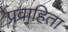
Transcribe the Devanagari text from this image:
प्रवाहिता